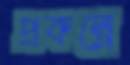
প্রকল্পে